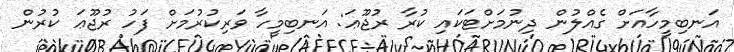
އަނބިމީހާއަށް ގެއްލުން ދިނުމަށްޓަކައި ކުރާ ރުޖޫޢަ: އަނބިމީހާ ވަރިކުރުމަށް ފަހު ރުޖޫޢަ ކުރުން